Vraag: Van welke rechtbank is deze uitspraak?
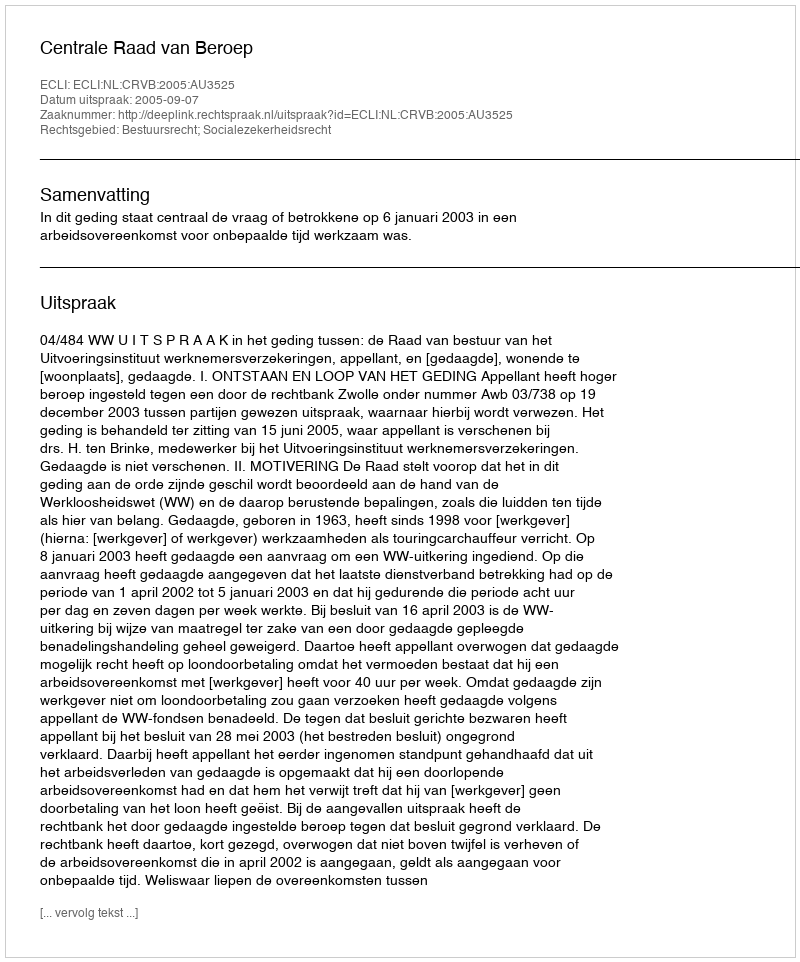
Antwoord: Centrale Raad van Beroep